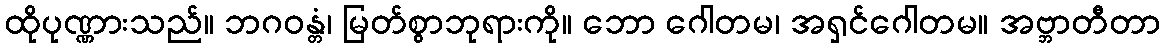
ထိုပုဏ္ဏားသည်။ ဘဂဝန္တံ၊ မြတ်စွာဘုရားကို။ ဘော ဂေါတမ၊ အရှင်ဂေါတမ။ အဗ္ဘာတီတာ